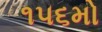
૧૫૬મો